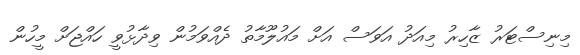
މިނިސްޓަރު ޒާހިރު މިއަދު އަވަސް އަށް މައުލޫމާތު ދެއްވަމުން ވިދާޅުވީ ހައްޖަށް މީހުން